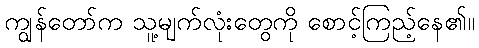
ကျွန်တော်က သူ့မျက်လုံးတွေကို စောင့်ကြည့်နေ၏။